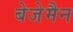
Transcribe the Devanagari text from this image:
बेजेमैन